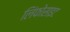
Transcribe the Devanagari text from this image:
लिंफोसाइट